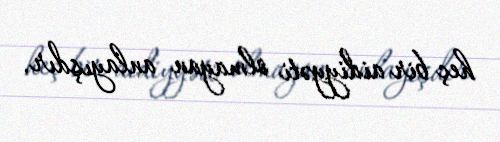
heç bir aidiyyəti olmayan anlayışdır.